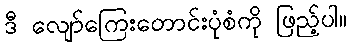
ဒီ လျော်ကြေးတောင်းပုံစံကို ဖြည့်ပါ။